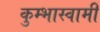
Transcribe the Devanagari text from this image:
कुम्भास्वामी